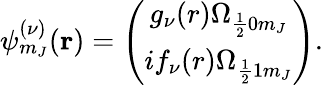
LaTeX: \psi_{m_{J}}^{(\nu)}(\mathbf{r})=\left(\begin{array}{c}{g_{\nu}(r)\Omega_{\frac{1}{2}0m_{J}}}\\ {if_{\nu}(r)\Omega_{\frac{1}{2}1m_{J}}}\end{array}\right).